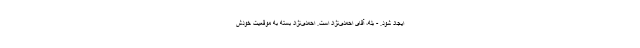
ایجاد شود. - بله، آقای احمدی‌نژاد است. احمدی‌نژاد بسته به موقعیت خودش